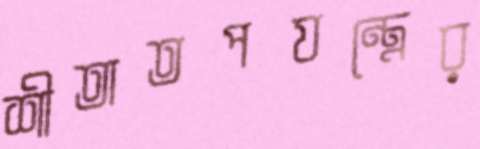
শীতাতপযন্ত্রের